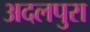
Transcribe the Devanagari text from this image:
अदलपुरा